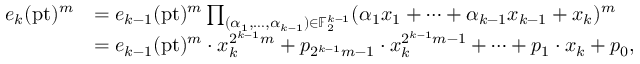
\begin{array} { r l } { e _ { k } ( \mathrm { p t } ) ^ { m } } & { = e _ { k - 1 } ( \mathrm { p t } ) ^ { m } \prod _ { ( \alpha _ { 1 } , \dots , \alpha _ { k - 1 } ) \in \mathbb { F } _ { 2 } ^ { k - 1 } } ( \alpha _ { 1 } x _ { 1 } + \cdots + \alpha _ { k - 1 } x _ { k - 1 } + x _ { k } ) ^ { m } } \\ & { = e _ { k - 1 } ( \mathrm { p t } ) ^ { m } \cdot x _ { k } ^ { 2 ^ { k - 1 } m } + p _ { 2 ^ { k - 1 } m - 1 } \cdot x _ { k } ^ { 2 ^ { k - 1 } m - 1 } + \cdots + p _ { 1 } \cdot x _ { k } + p _ { 0 } , } \end{array}